Document type: Oath
Year: 1447
Scribe: Pere Figuerola
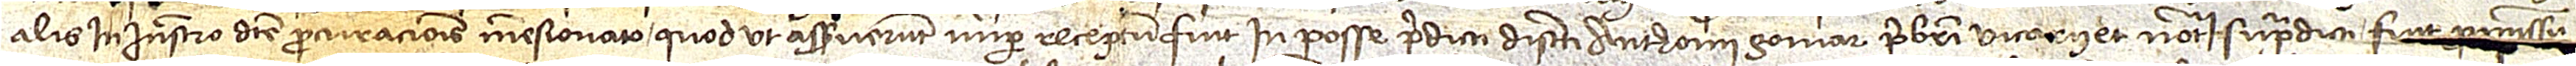
alis in instrumento dicte procuracionis mensionato quod ut asseruerunt nuper receptum fuit in posse predicti discreti Anthonii Gomar, presbiteri, vicarii et notarii supradicti, fuit promissum